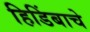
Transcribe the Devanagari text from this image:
हिडिंबाचे